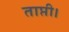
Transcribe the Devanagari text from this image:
ताप्ती।